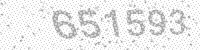
Solution: 651593